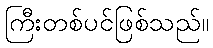
ကြီးတစ်ပင်ဖြစ်သည်။